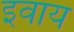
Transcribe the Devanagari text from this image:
इवाय